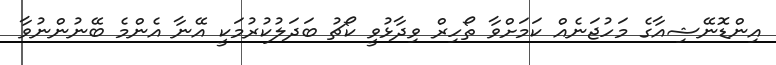
އިންޑޮނޭޝިއާގެ މަހުޖަނެއް ކަމަށްވާ ތޯހިރް ވިދާޅުވީ ކޯޗު ބަދަލުކުރުމަކީ އޭނާ އެންމެ ބޭނުންނުވާ